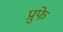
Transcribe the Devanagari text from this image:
प्रुफे